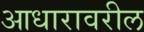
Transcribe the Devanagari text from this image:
आधारावरील